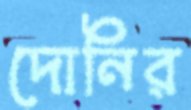
দোনির